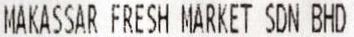
MAKASSAR FRESH MARKET SDN BHD